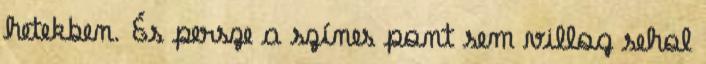
hetekben. És persze a színes pont sem villog sehol